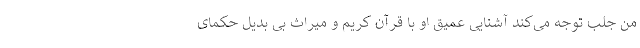
من جلب توجه می‌کند آشنایی عمیق او با قرآن کریم و میراث بی بدیل حکمای